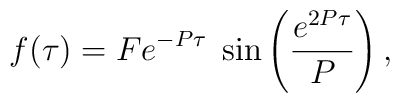
f(\tau)=Fe^{-P\tau}\;\sin \left(\frac{e^{2P\tau}}{P}\right),